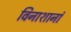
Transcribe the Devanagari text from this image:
विनाशानां